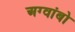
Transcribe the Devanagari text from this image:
अग्वांबो